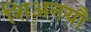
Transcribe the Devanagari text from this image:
शिअनयौ